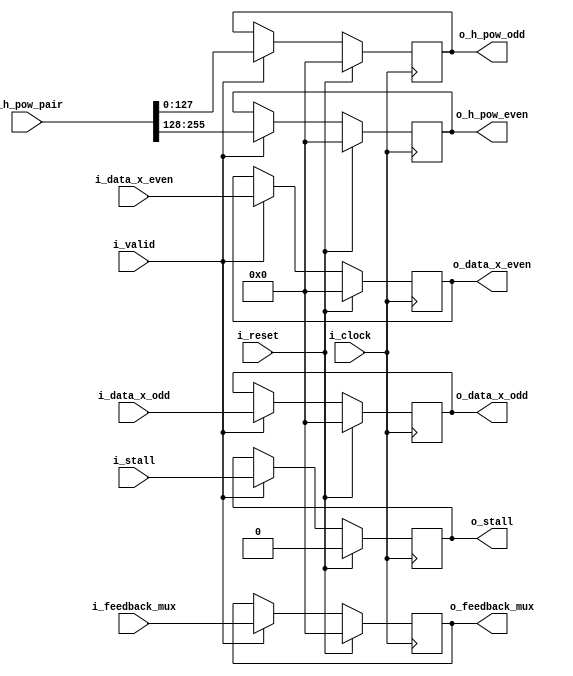
module ghash_stage1_pipe
#(
    parameter                                       NB_BLOCK    = 128 ,
    parameter                                       N_BLOCKS    = 2 ,
    parameter                                       NB_DATA     = N_BLOCKS*NB_BLOCK
)
(
    // OUTPUTS
    output      reg     [NB_BLOCK-1:0]              o_h_pow_even ,
    output      reg     [NB_BLOCK-1:0]              o_h_pow_odd ,
    output      reg     [NB_BLOCK-1:0]              o_feedback_mux ,
    output      reg     [NB_BLOCK-1:0]              o_data_x_even ,
    output      reg     [NB_BLOCK-1:0]              o_data_x_odd ,
    output      reg                                 o_stall ,
    // INPUTS
    input       wire    [NB_BLOCK-1:0]              i_feedback_mux ,
    input       wire    [NB_BLOCK-1:0]              i_data_x_even ,
    input       wire    [NB_BLOCK-1:0]              i_data_x_odd ,
    input       wire    [NB_DATA-1:0]               i_h_pow_pair ,
    input       wire                                i_stall ,
    input       wire                                i_valid ,
    input       wire                                i_reset ,
    input       wire                                i_clock
) ;
    // QUICK INSTANCE: BEGIN
    /*
    ghash_stage1_pipe
    #(
        .NB_BLOCK       (  ) ,
        .N_BLOCKS       (  ) ,
        .NB_DATA        (  )
    )
    u_ghash_stage1_pipe
    (
        .o_h_pow_even   (  ) ,
        .o_h_pow_odd    (  ) ,
        .o_feedback_mux (  ) ,
        .o_data_x_even  (  ) ,
        .o_data_x_odd   (  ) ,
        .o_stall        (  ) ,
        .i_feedback_mux (  ) ,
        .i_data_x_even  (  ) ,
        .i_data_x_odd   (  ) ,
        .i_h_pow_pair   (  ) ,
        .i_stall        (  ) ,
        .i_valid        (  ) ,
        .i_reset        (  ) ,
        .i_clock        (  )
    ) ;
    */  // QUICK INSTANCE: END

    always @( posedge i_clock ) begin
        if ( i_reset ) begin
            o_h_pow_even    <=  { NB_BLOCK{1'b0} } ;
            o_h_pow_odd     <=  { NB_BLOCK{1'b0} } ;
            o_feedback_mux  <=  { NB_BLOCK{1'b0} } ;
            o_data_x_even   <=  { NB_BLOCK{1'b0} } ;
            o_data_x_odd    <=  { NB_BLOCK{1'b0} } ;
            o_stall         <=  1'b0 ;
        end else if ( i_valid ) begin
            o_h_pow_even    <=  i_h_pow_pair[1*NB_BLOCK+:NB_BLOCK] ;
            o_h_pow_odd     <=  i_h_pow_pair[0*NB_BLOCK+:NB_BLOCK] ;
            o_feedback_mux  <=  i_feedback_mux ;
            o_data_x_even   <=  i_data_x_even ;
            o_data_x_odd    <=  i_data_x_odd ;
            o_stall         <=  i_stall ;
        end
    end

endmodule